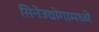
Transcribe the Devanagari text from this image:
सिनेउद्योगामध्ये